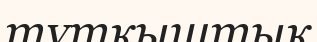
тұтқыштық